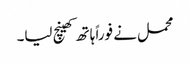
محمل نے فوراً ہاتھ کھینچ لیا۔